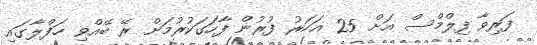
ފަރިވާ ފިލްމްސް އަަށް 25 އަހަރު ފުރުން ފާހަގަކުރުމަށް ރޭ ބޭއްވި ހަފްލާގައި